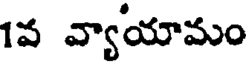
1వ వ్యాయామం